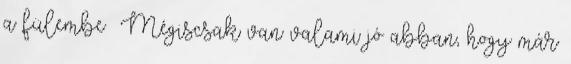
a fülembe Mégiscsak van valami jó abban, hogy már